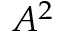
A ^ { 2 }